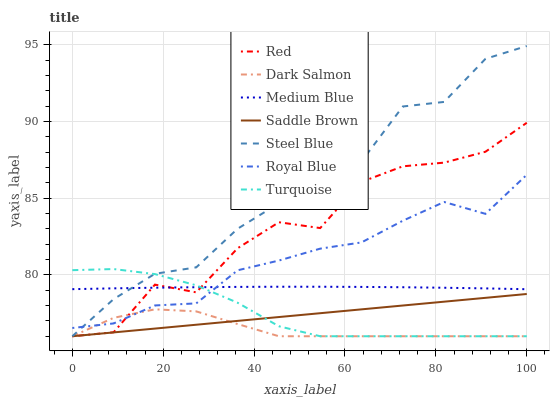
| xaxis_label | Red | Dark Salmon | Medium Blue | Saddle Brown | Steel Blue | Royal Blue | Turquoise |
 | --- | --- | --- | --- | --- | --- | --- | --- |
 | 0 | 76 | 76 | 79.1 | 76 | 76 | 76.5 | 80.3 |
 | 9.09 | 76.3 | 77.2 | 79.1 | 76.3 | 78.4 | 76.8 | 80.4 |
 | 18.2 | 79.4 | 77.8 | 79.2 | 76.5 | 80.1 | 78 | 80.1 |
 | 27.3 | 78.9 | 77.6 | 79.2 | 76.8 | 80.5 | 78.1 | 79.3 |
 | 36.4 | 81.7 | 76.8 | 79.2 | 77 | 83 | 80.3 | 78.2 |
 | 45.5 | 83.4 | 76 | 79.2 | 77.3 | 84.7 | 80.9 | 76.7 |
 | 54.5 | 83.1 | 76 | 79.2 | 77.5 | 87.5 | 81.7 | 76 |
 | 63.6 | 86.1 | 76 | 79.2 | 77.8 | 87.4 | 82.1 | 76 |
 | 72.7 | 87.1 | 76 | 79.2 | 78 | 91 | 83.5 | 76 |
 | 81.8 | 87.3 | 76 | 79.2 | 78.3 | 91.3 | 84.8 | 76 |
 | 90.9 | 88 | 76 | 79.1 | 78.5 | 94.1 | 84 | 76 |
 | 100 | 89.9 | 76 | 79.1 | 78.8 | 94.9 | 86.5 | 76 |